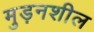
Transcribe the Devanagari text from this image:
मुड़नशील